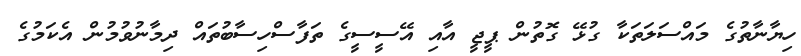
ހިޔާނާތުގެ މައްސަލަތަކާ ގުޅޭ ގޮތުން ޕީޖީ އާއި އޭސީސީގެ ތަފާސްހިސާބުތައް ދިމާނުވުމުން އެކަމުގެ